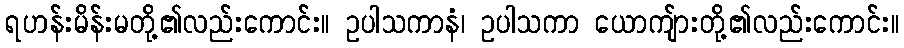
ရဟန်းမိန်းမတို့၏လည်းကောင်း။ ဥပါသကာနံ၊ ဥပါသကာ ယောကျ်ားတို့၏လည်းကောင်း။